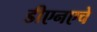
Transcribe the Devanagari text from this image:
डीएनएचे